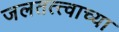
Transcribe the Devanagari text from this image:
जलतत्त्वाच्या